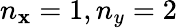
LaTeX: n_{\mathbf{x}}=1,n_{y}=2